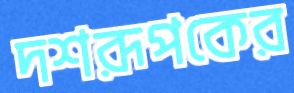
দশরূপকের